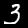
Digit: 3